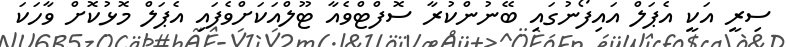
ސިރީ އަކީ އެޕަލް އައިފޯނުގައި ބޭނުންކުރާ ސޮފްޓްވެއާ ޓޫލްއަކަށްވެފައި އެޕަލް މޮޅުކޮށް ވާހަކަ